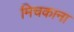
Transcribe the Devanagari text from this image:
मिचकाना